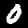
Digit: 0